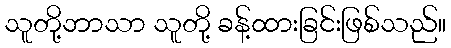
သူတို့ဘာသာ သူတို့ ခန့်ထားခြင်းဖြစ်သည်။